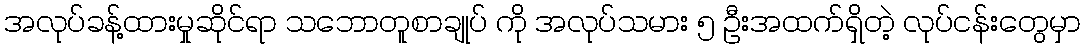
အလုပ်ခန့်ထားမှုဆိုင်ရာ သဘောတူစာချုပ် ကို အလုပ်သမား ၅ ဦးအထက်ရှိတဲ့ လုပ်ငန်းတွေမှာ